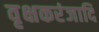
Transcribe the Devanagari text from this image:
वृक्षकरंजादि